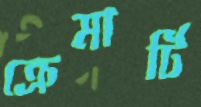
ক্রেমার্টি